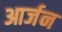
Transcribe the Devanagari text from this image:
आर्जन